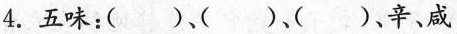
4.五味：()、()、()、辛、咸